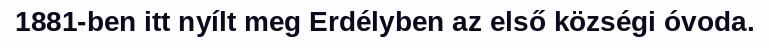
1881-ben itt nyílt meg Erdélyben az első községi óvoda.